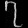
Digit: ၇